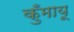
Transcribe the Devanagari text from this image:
कुँमायू